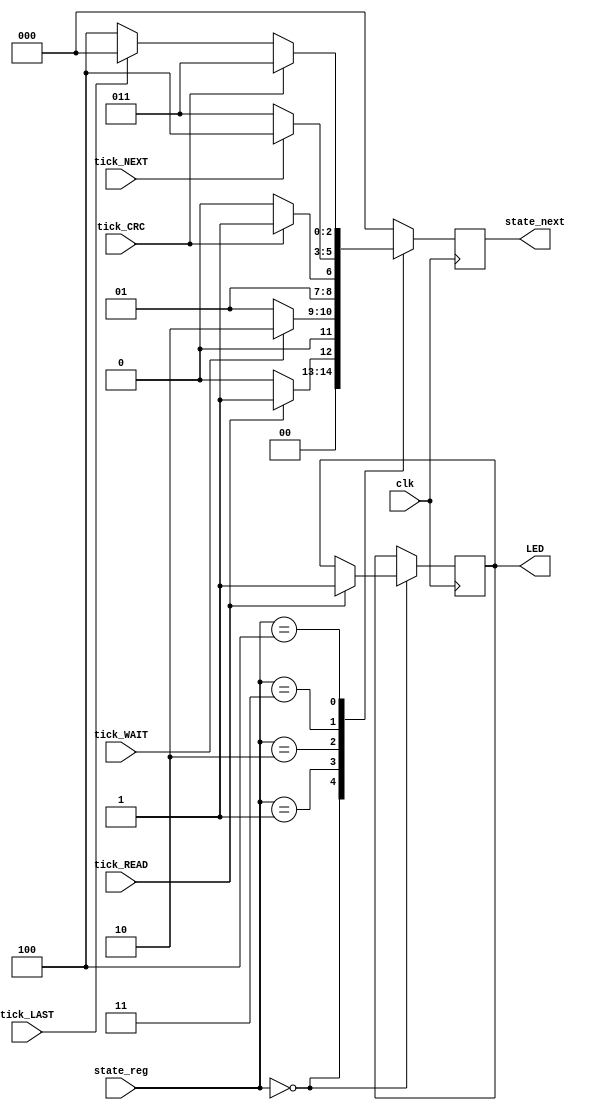

module FSM2 (clk,state_reg,state_next,tick_CRC,tick_NEXT,tick_LAST,tick_READ,tick_WAIT,LED);

parameter nbr_states = 2;


//INPUTS:
input clk;
input [nbr_states:0] state_reg;
input tick_CRC;
input tick_NEXT;
input tick_LAST;
input tick_READ;
input tick_WAIT;
//OUTPUTS:
output reg [nbr_states:0] state_next;
output reg LED;

//state_next - REGISTER THAT STORES VALUE OF THE STATE THAT WILL BE AFTER ONE CLOCK CYCLE FROM "NOW"

initial begin
	state_next <= 0;
	LED <= 0;
end

////////////////////////////////////////////////////////////////////////////////////////////////////////////////
always @(posedge clk) begin 
	 case (state_reg)
		  0 : begin
				if (tick_READ) begin
					state_next <= 1;
					LED <= 1;
				end
				else begin
					state_next <= 0;
				end
		  end
		  1 : begin
				if (tick_WAIT) begin
					state_next <= 2;
				end
				else begin
					state_next <= 1;
				end
		  end
		  2 : begin
			  if (tick_CRC) begin
					state_next <= 3;
				end
				else begin
					state_next <= 2;
				end
		  end
		  3 : begin
				if (tick_NEXT) begin
					state_next <= 4;
				end
				else begin
					state_next <= 3;
				end
			end
			4: begin
				if (tick_CRC) begin
					state_next <= 3;
				end
				else if(tick_LAST) begin
					state_next <= 0;
				end
				else begin
					state_next <= 4;
				end
			end
			default: begin
					state_next = 0;
			end
	 endcase
end 

endmodule
////////////////////////////////////////////////////////////////////////////////////////////////////////////////